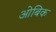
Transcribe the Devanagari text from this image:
ओबिक